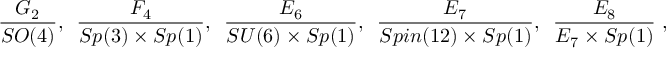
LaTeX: \frac { G _ { 2 } } { S O ( 4 ) } , \, \, \, \frac { F _ { 4 } } { S p ( 3 ) \times S p ( 1 ) } , \, \, \, \frac { E _ { 6 } } { S U ( 6 ) \times S p ( 1 ) } , \, \, \, \frac { E _ { 7 } } { S p i n ( 1 2 ) \times S p ( 1 ) } , \, \, \, \frac { E _ { 8 } } { E _ { 7 } \times S p ( 1 ) } \ ,